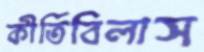
কীর্তিবিলাস